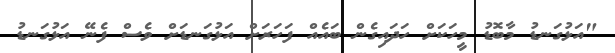
"އަޅުގަނޑު މާބޮޑު މީހަކަށް ހަދައިގެން ބައެއް ފަހަރަށް އަޅުގަނޑަށް ވެސް ފެނޭ އަޅުގަނޑު